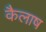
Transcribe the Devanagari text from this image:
कैलाष